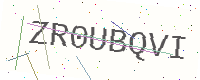
Text: ZR0UBQVI